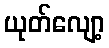
ယုတ်လျော့